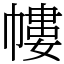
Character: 㡞